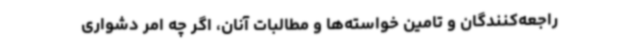
راجعه‌کنندگان و تامین خواسته‌ها و مطالبات آنان، اگر چه امر دشواری